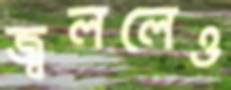
জ্বললেও